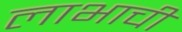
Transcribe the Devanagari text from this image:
लाभाची